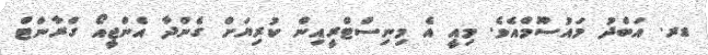
ޑރ. އަބްދު މައުސޫމްއެވެ. މިއީ އެ މިނިސްޓްރީއިން ކުރިޔަށް ގެންދާ އެންޖީއޯ ގްރާންޓް